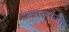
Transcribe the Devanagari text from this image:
ज्‍वालाजी